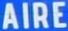
AIRE